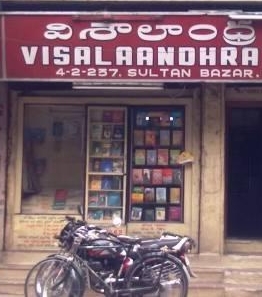
Language: telugu
Transcription: విశాలాంధ్ర